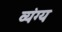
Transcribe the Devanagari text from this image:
व्‍यंग्य